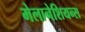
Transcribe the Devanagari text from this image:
मेलानेशियन्स